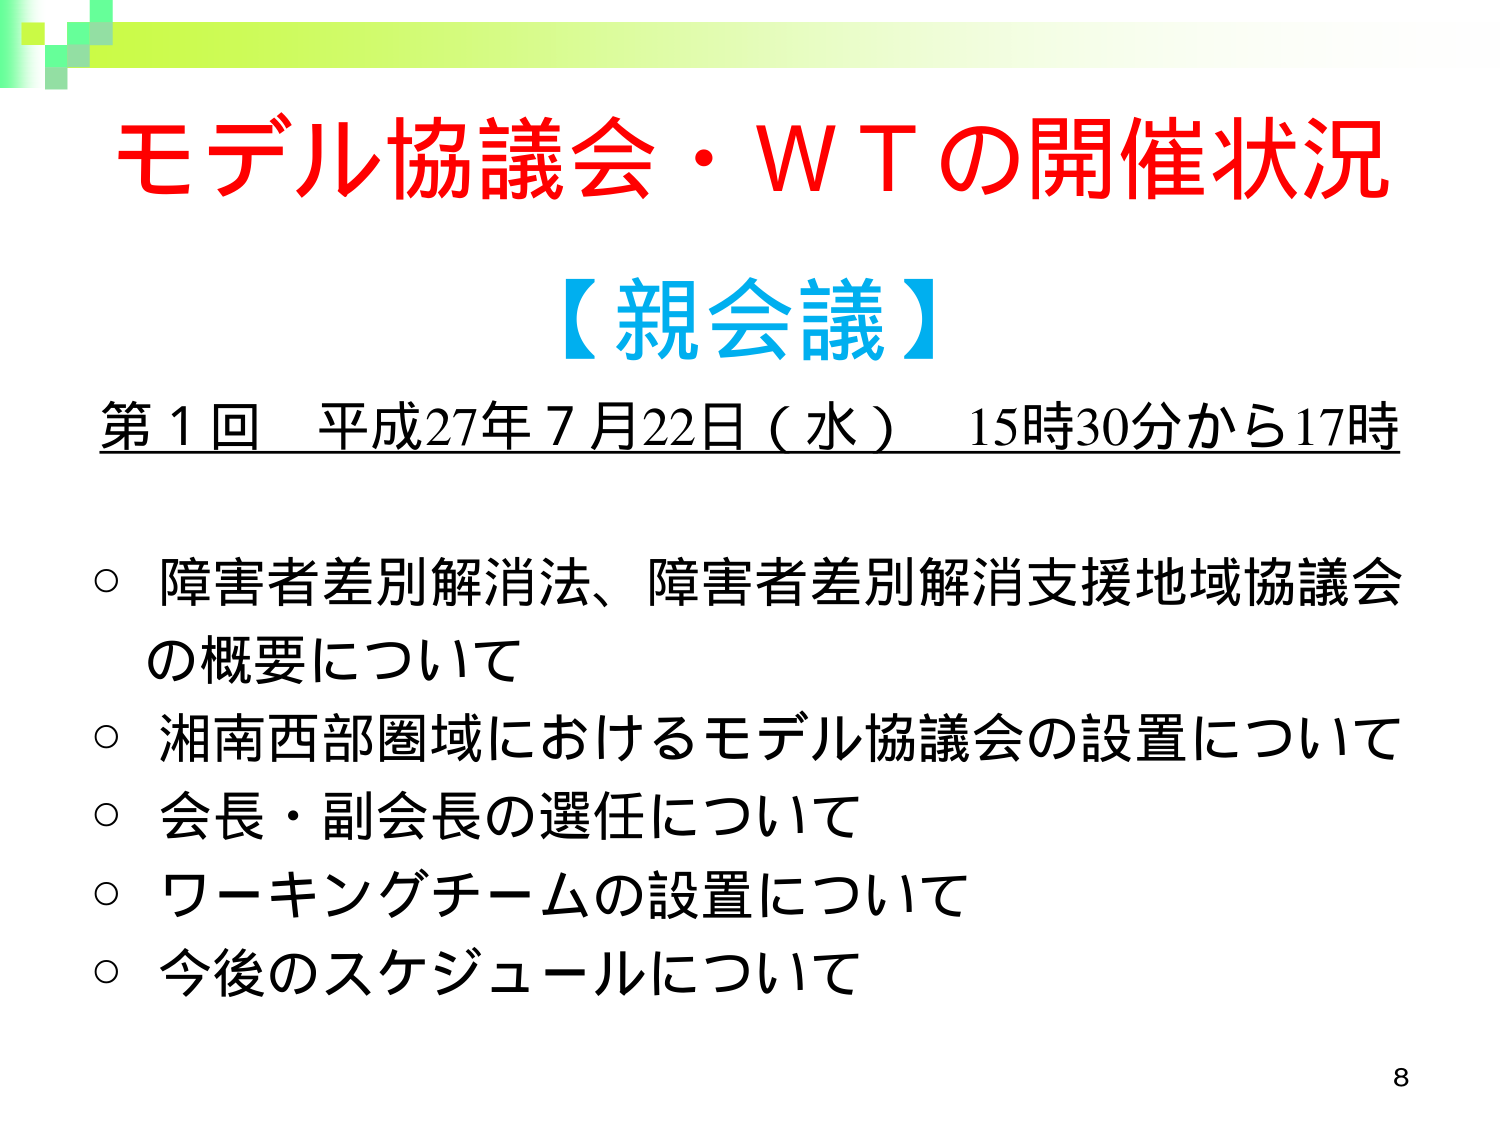
モデル協議会・ＷＴの開催状況
【親会議】
第１回 平成27年７月22日（水） 15時30分から17時
○ 障害者差別解消法、障害者差別解消支援地域協議会の概要について
○ 湘南西部圏域におけるモデル協議会の設置について
○ 会長・副会長の選任について
○ ワーキングチームの設置について
○ 今後のスケジュールについて
8